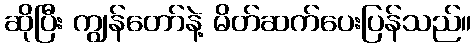
ဆိုပြီး ကျွန်တော်နဲ့ မိတ်ဆက်ပေးပြန်သည်။